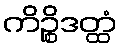
ကိဉ္စိဒတ္ထံ